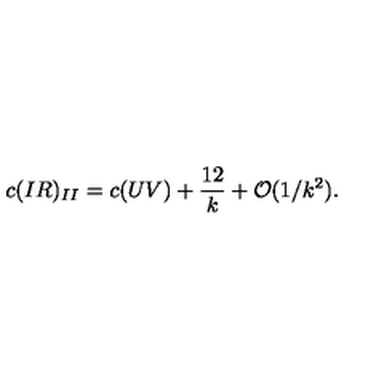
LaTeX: c ( I R ) _ { I I } = c ( U V ) + { \frac { 1 2 } { k } } + { \cal O } ( 1 / k ^ { 2 } ) .